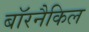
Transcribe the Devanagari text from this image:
बॉरनैकिल